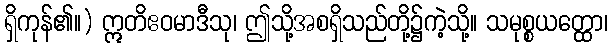
ရှိကုန်၏။) ဣတိဧဝမာဒီသု၊ ဤသို့အစရှိသည်တို့၌ကဲ့သို့။ သမုစ္စယတ္ထော၊